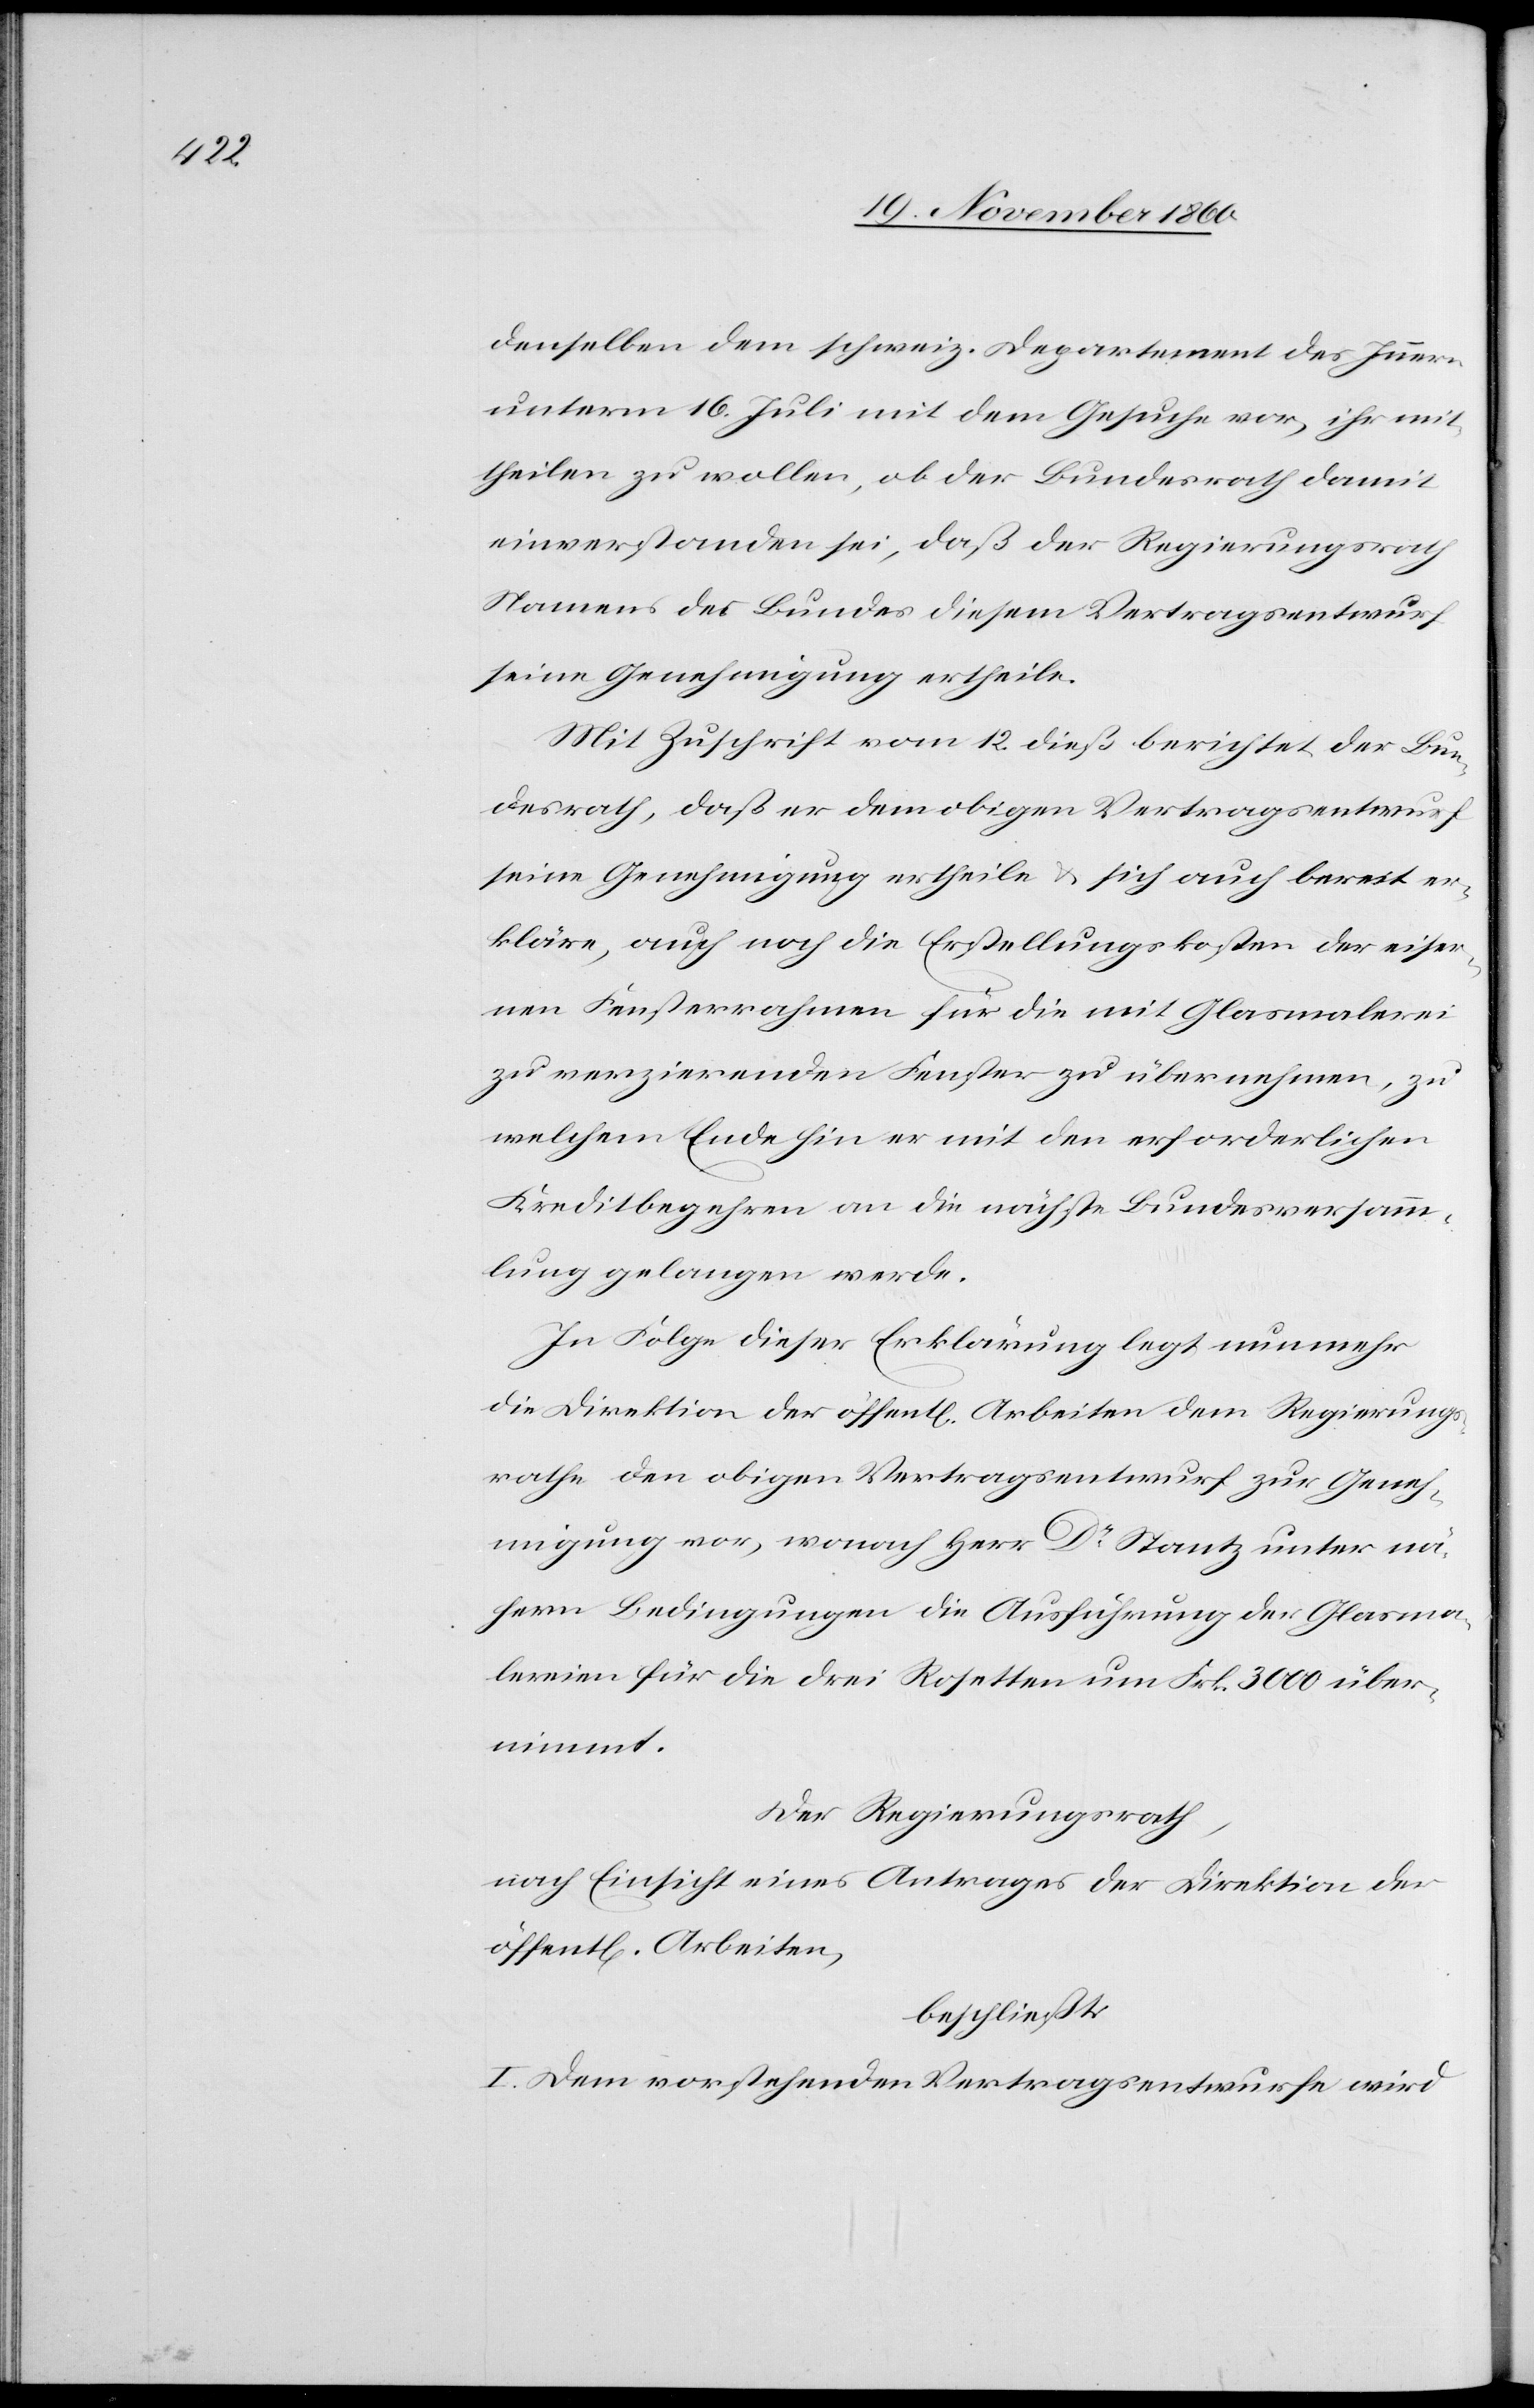
denselben dem schweiz. Departement des Innern
unterm 16. Juli mit dem Gesuche vor, ihr mit¬
theilen zu wollen, ob der Bundesrath damit
einverstanden sei, daß der Regierungsrath
Namens des Bundes diesem Vertragsentwurf
seine Genehmigung ertheile.
Mit Zuschrift vom 12. dieß berichtet der Bun¬
desrath, daß er dem obigen Vertragsentwurf
seine Genehmigung ertheile u. sich auch bereit er¬
kläre, auch noch die Erstellungskosten der eiser¬
nen Fensterrahmen für die mit Glasmalerei
zu verzierenden Fenster zu übernehmen, zu
welchem Ende hin er mit den erforderlichen
Kreditbegehren an die nächste Bundesversam¬
mlung gelangen werde.
In Folge dieser Erklärung legt nunmehr
die Direktion der öffent[lichen] Arbeiten dem Regierungs¬
rathe den obigen Vertragsentwurf zur Geneh¬
migung vor, wonach Herr Dr Stantz unter nä¬
hern Bedingungen die Ausführung der Glasma¬
lereien für die drei Rosetten um Frk. 3000 über¬
nimmt.
Der Regierungsrath,
nach Einsicht eines Antrages der Direktion der
öffent[lichen] Arbeiten,
beschließt:
I. Dem vorstehenden Vertragsentwurfe wird